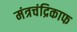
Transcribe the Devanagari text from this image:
मंत्रचंद्रिकाफ